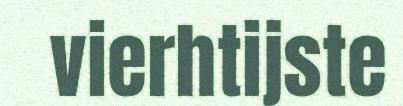
vierhtijste